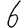
Digit: 6